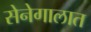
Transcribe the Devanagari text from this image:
सेनेगालात